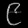
Digit: ၉